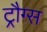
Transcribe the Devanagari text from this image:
ट्रौग्स